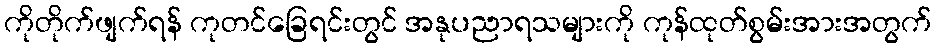
ကိုတိုက်ဖျက်ရန် ကုတင်ခြေရင်းတွင် အနုပညာရသများကို ကုန်ထုတ်စွမ်းအားအတွက်